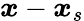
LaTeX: \boldsymbol{x}-\boldsymbol{x}_{s}